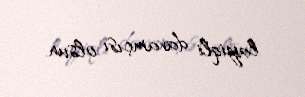
layiqli davamçısı olsun.